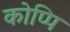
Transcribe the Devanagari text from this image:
कोप्पि